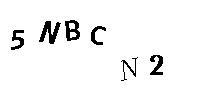
5NBCN2